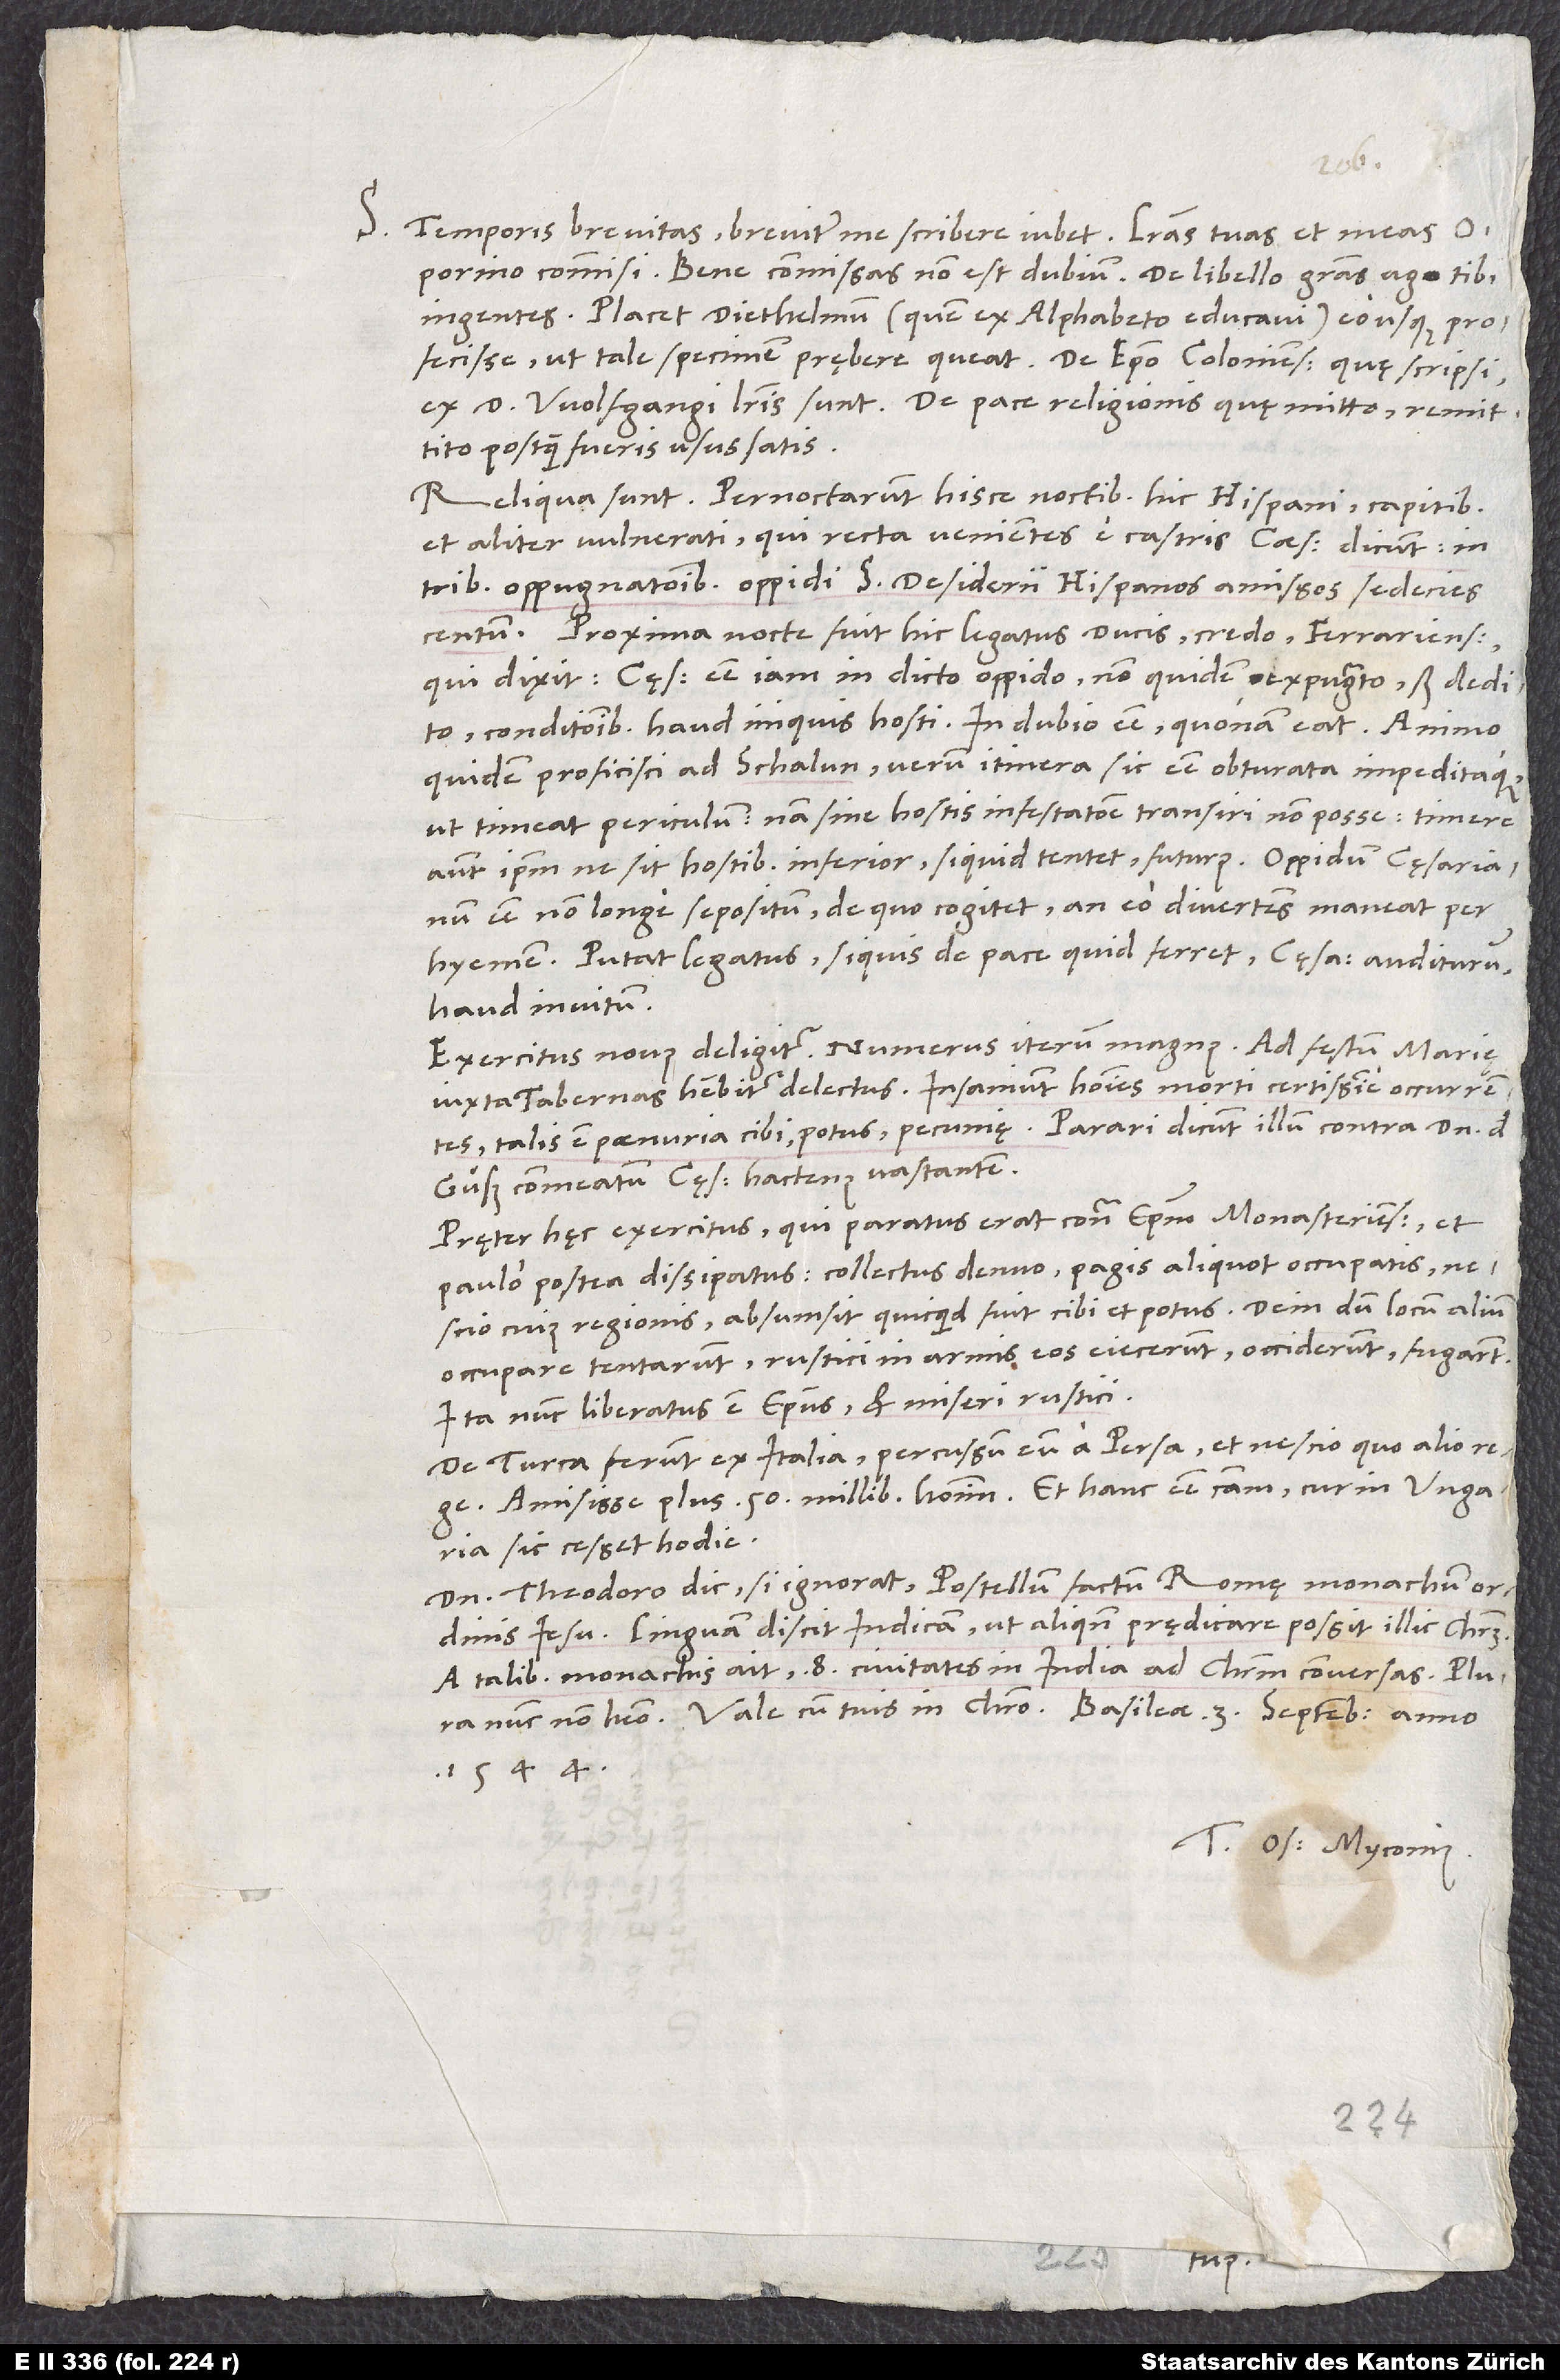
S. Temporis brevitas breviter me scribere iubet. Literas tuas et meas
Oporino commisi. Bene commissas non est dubium. De libello gratias ago tibi
ingentes. Placet Diethelmum (quem ex alphabeto educavi) eo usque profecisse,
ex d. Wolfgangi literis sunt. De pace religionis quę mitto, remittito,
postquam fueris usus satis.
Reliqua sunt: Pernoctarunt hisce noctibus hic Hispani capitibus
et aliter vulnerati, qui recta venientes e castris caesaris dicunt in
tribus oppugnationibus oppidi S. Desiderii Hispanos amissos sedecies
Proxima nocte fuit hic legatus ducis, credo, Ferrariensis,
qui dixit caesarem esse iam in dicto oppido, non quidem expugnato, sed dedito
conditionibus haud iniquis hosti. In dubio esse, quonam eat; animo
quidem proficisci ad Schalun, verum itinera sic esse obturata impeditaque,
ut timeat periculum, nam sine hostis infestatione transire non posse; timere
autem ipsum, ne sit hostibus inferior, si quid tentet, futurus. Oppidum cęsarianum
esse non longe sepositum, de quo cogitet, an eo divertens maneat per
hyemem. Putat legatus, siquis de pace quid ferret, cęsarem auditurum
haud invitum.
Exercitus novus deligitur. Numerus iterum magnus. Ad festum Marię
iuxta Tabernas habebitur delectus. Insaniunt homines morti certissime occurrentes;
talis est paenuria cibi, potus, pecunię. Parari dicunt illum contra dominum de
Güß commeatum cęs hactenus vastantem.
Pręter hęc exercitus, qui paratus erat contra episcopum Monasteriensem et
paulo postea dissipatus, collectus denuo pagis aliquot occupatis
nescio cuius regionis, absumsit, quicquid fuit cibi et potus. Dein, dum locum alium
occupare tentarunt, rustici in armis eos eiecerunt, occiderunt, fugarunt.
Ita nunc liberatus est episcopus et miseri rustici.
De Turca ferunt ex Italia percussum eum a Persa et nescio quo alio rege;
amisisse plus 50 millibus hominum, et hanc esse causam, cur in Ungaria
sic cesset hodie.
Domino Theodoro dic, si ignorat, Postellum factum Romę monachum ordinis
Iesu. Linguam discit Indicam, ut aliquando prędicare possit illic Christum.
A talibus monachis ait 8 civitates in India ad Christum conversas. Plura
1544.
Tuus Os. Myconius.